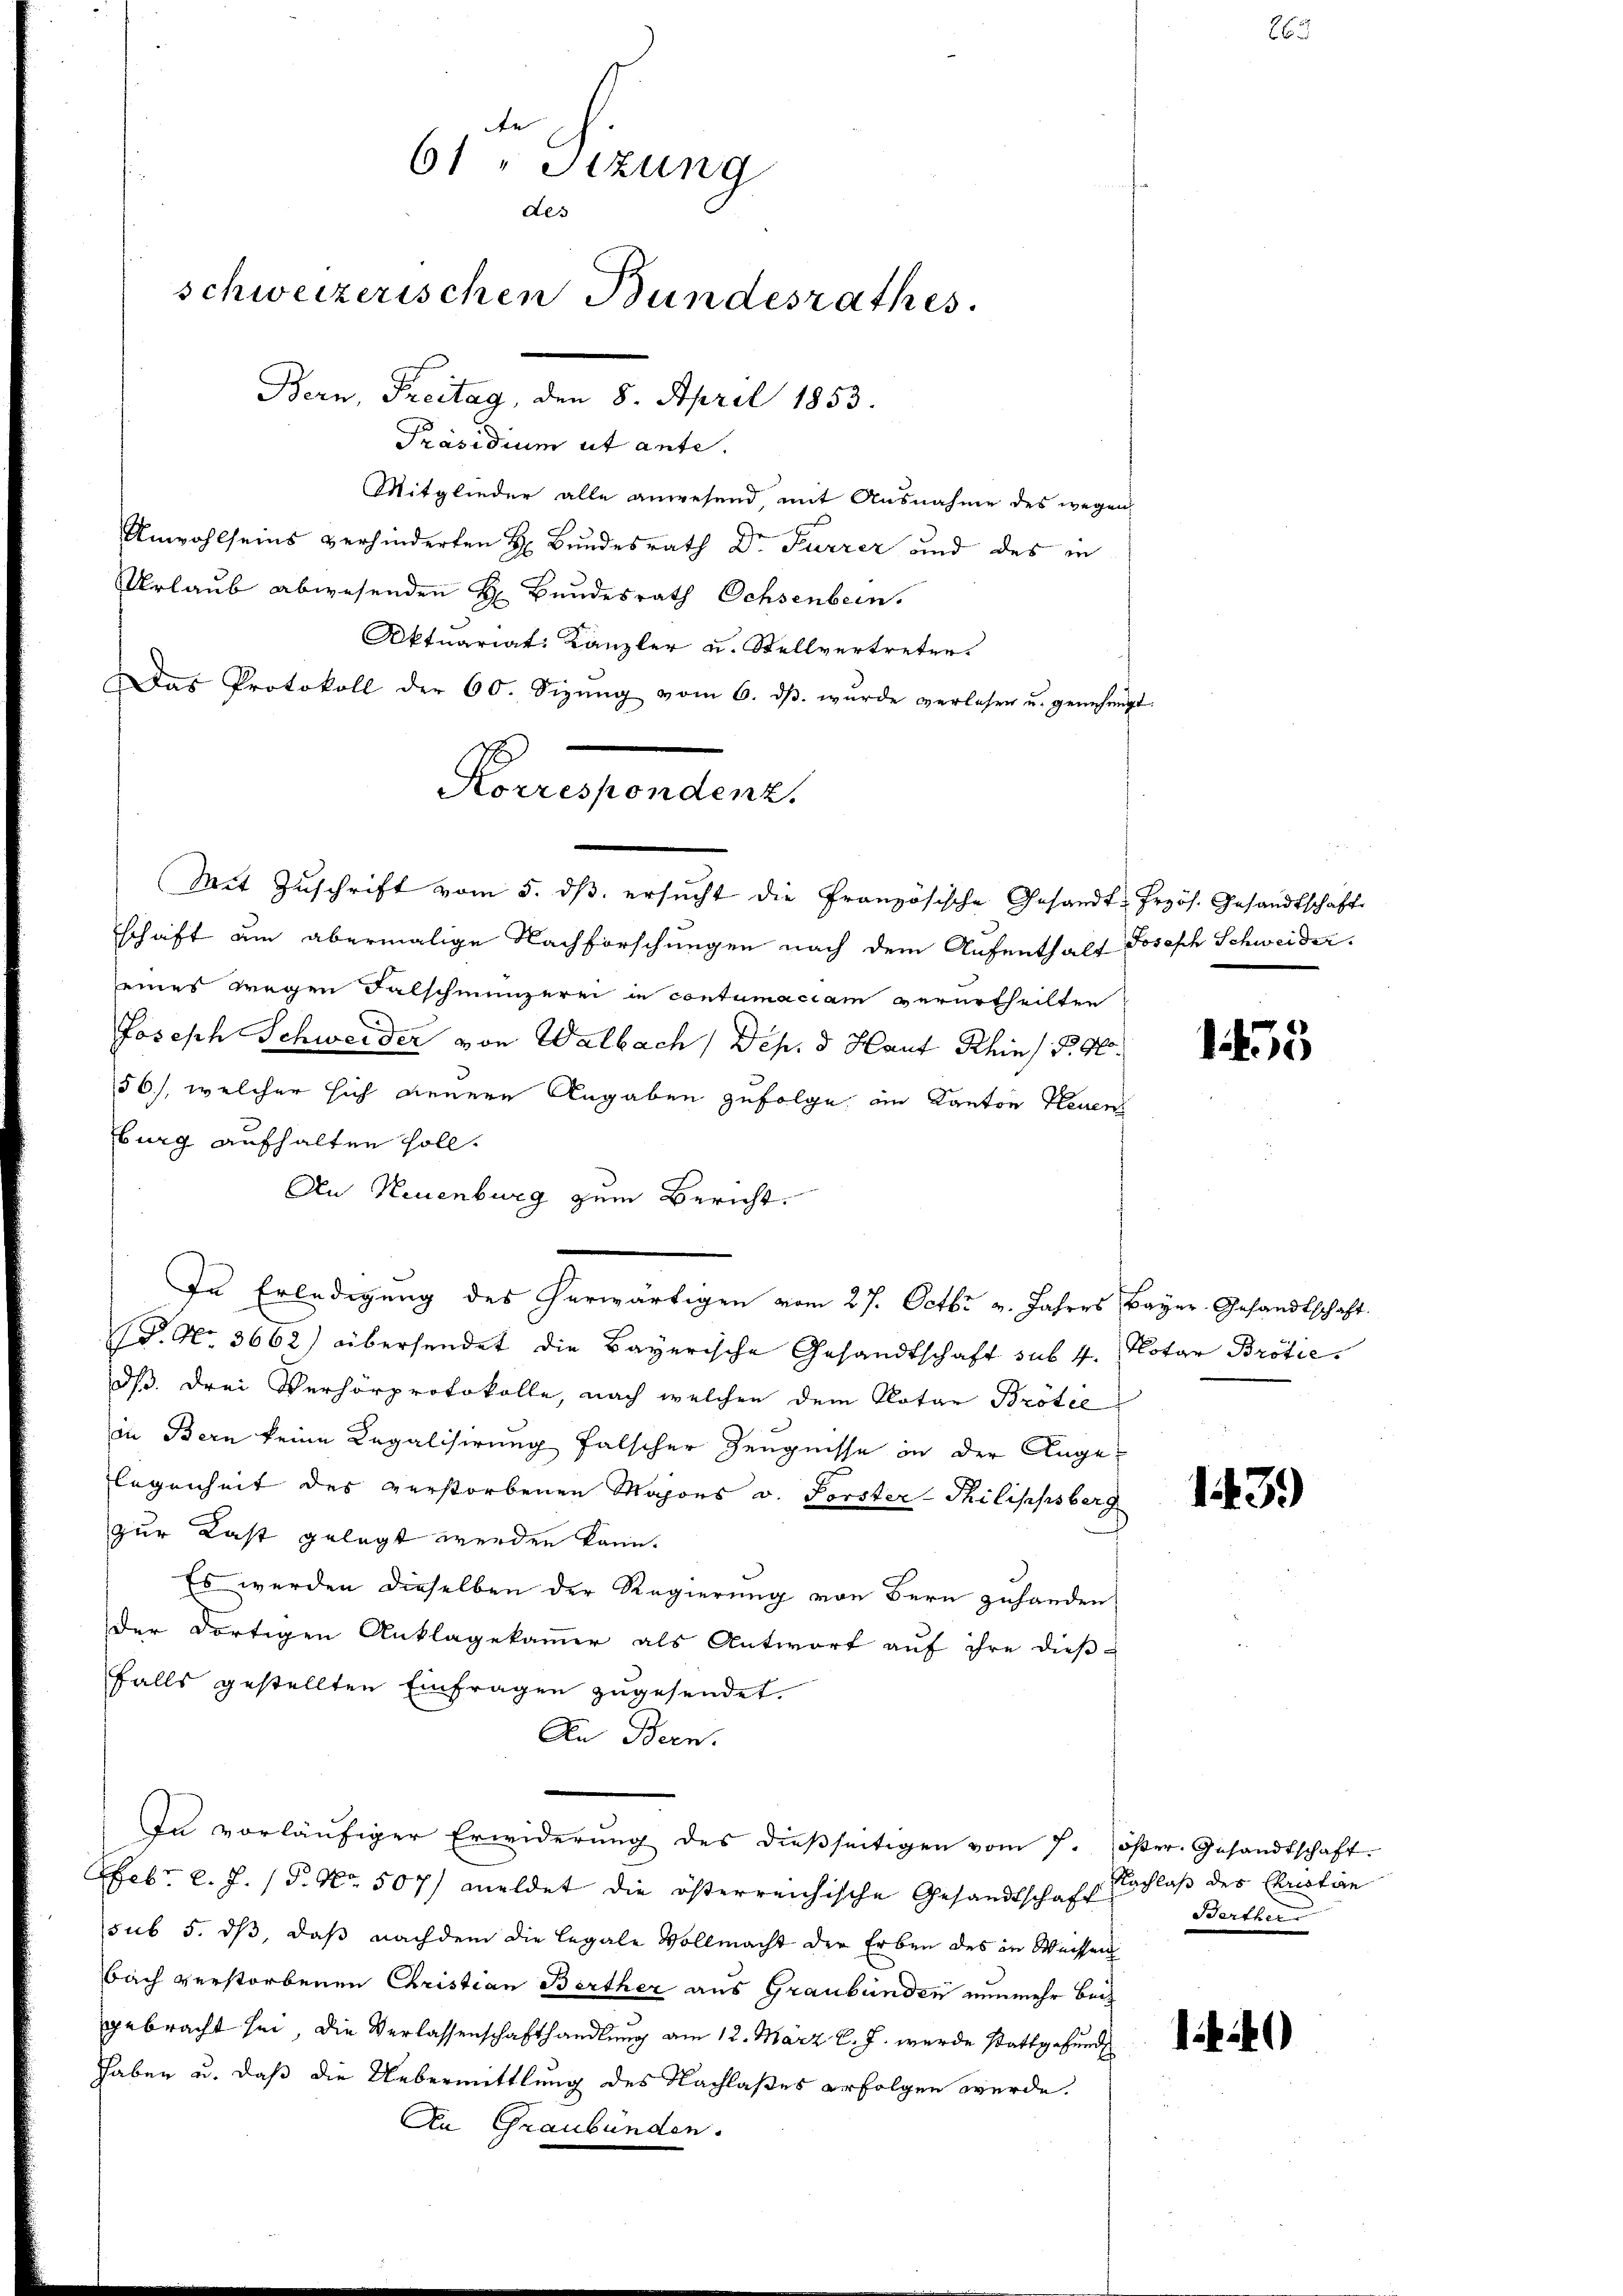
e
61 " Sitzung
des
schweizerischen Bundesrathes
Bern, Freitag, den 8. April 1853.
Präsidium ut ante.

Mitglieder alle anwesend, mit Ausnahme des wegen
Unwohlseins verhinderten H. Bundesrath Dr Furrer und des in
Urlaub abwesenden H. Bundesrath Ochsenbern.
Aktuariat Kanzler u. Stellvertreter.
Das Protokoll der 60. Sizŭng vom 6. dβ. wurde verlesen u. genehmigt.
schaft um abermalige Nachforschungen nach dem Aufenthalt Joseph Schweider.
seines wegen Falschmünzerei in contumaciam verurtheilten
Joseph Schweider von Walbach, Dep. 3 Haut Khin) S. 90.
56), welcher sich neuere Angaben zufolge, an Kanton Neuen
burg aufhalten soll.
An Neuenburg zum Bericht.
In Erledigung des herwärtigen vom 27. Octbr v. Jahres Bayer. Gesandtschaft.
. No. 3662) übersendet die Bayerische Gesandtschaft sub. 4. Notar Brotiedß drei Verhörprotokolle, nach welchen dem Notar Brötee
in Bern keine Legalisirung falscher Zeugnisse in der Angelegenheit des verstorbenen Majors v. Forster-Thilippsberg
zur Last gelegt werden kann.
Es werden dieselben der Regierung von Bern zuhanden
der dortigen Anklagekammer als Antwort auf ihre dieß-
falls gestellten Einfragen zugesendet.
An Bern.
In vorläŭfiger Erwiderŭng des dieβseitigen vom 7. öster. Gesandtschaft.
Febr. l. J. P. Nr. 507) meldet die österreichische Gesandtschaft
sub 5. dß, daß nachdem die legale Vollmacht der Erben des in Weissen
bach verstorbenen Christian Berther aus Graubünden nunmehr beigebracht sei, die Verlassenschafthandlung am 12. März l. J. wurde stattgefund
haben u. daß die Uebermittlung des Nachlaßes erfolgen werde.
An Graubünden.

Korrespondenz.
Mit Zuschrift vom 5. dβ ersŭcht die Französische Gesandt-Przös. Gesandtschaft

155

143.)

Nachlaß des Christin
Berther

14)